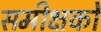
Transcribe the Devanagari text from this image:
समीक्षकोँ